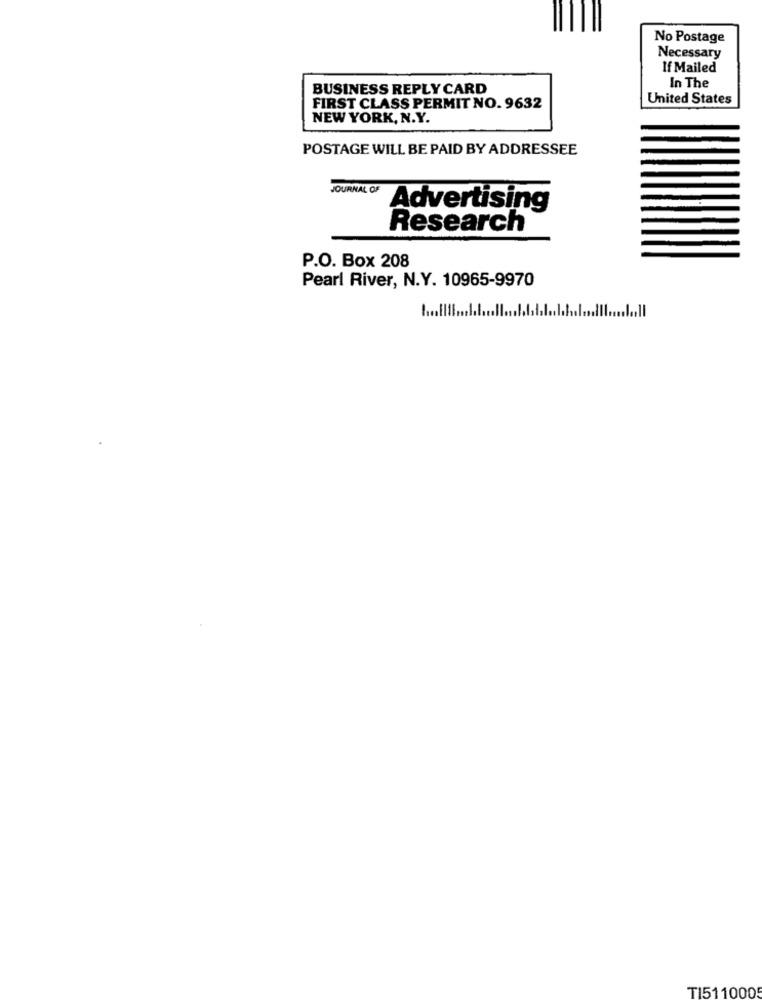
No Postage
Necessary
If Mailed
BUSINESS REPLY CARD
In The
United States
FIRST CLASS PERMIT NO. 9632
NEW YORK, N.Y.
POSTAGE WILL BE PAID BY ADDRESSEE
JOURNAL OF
Advertising
Research
P.O. Box 208
Pearl River, N.Y. 10965-9970
TI511000